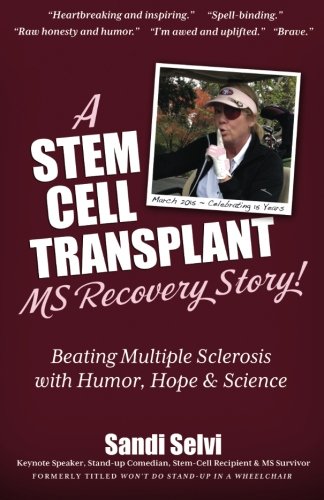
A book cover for A Stem Cell Transplant MS Recovery Story: Beating Multiple Sclerosis with Humor,; Sandi Selvi; Health, Fitness & Dieting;